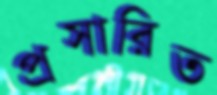
প্রসারিত